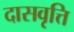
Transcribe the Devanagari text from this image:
दासवृत्ति